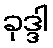
ခုဒ္ဒါ